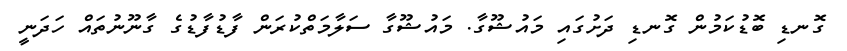
ގޮނޑި ބޮޑުކަމުން ގޮނޑި ދަށުގައި މައުޝޫގާ. މައުޝޫގާ ސަލާމަތްކުރަން ފާޑުފާޑުގެ ގާނޫނުތައް ހަދަނީ